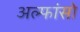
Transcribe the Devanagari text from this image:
अल्फांसो